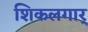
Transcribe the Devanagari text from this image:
शिकलगार्